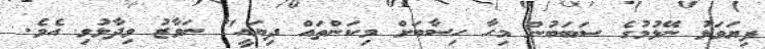
ފިޔަވަޅު ނޭޅުމުގެ ސަބަބުން މިހާ ހިސާބަށް މިކަންތައް ދިޔައީ" ނަވާޒު ވިދާޅުވި އެވެ.